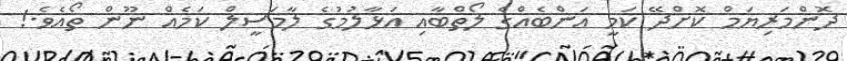
ދޮންމަރިޔަމް ކޮށްދޭ ކަމީ އަންބެއްގެ ލޯތްބާއި އަޅާލުމުގެ ލާމަސީލް ކަމެއް ނޫން ތޯއެވެ.!